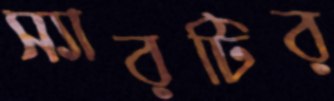
স্যারটির